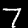
Label: 7